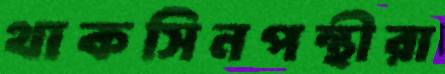
থাকসিনপন্থীরা